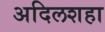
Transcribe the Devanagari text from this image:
अदिलशहा